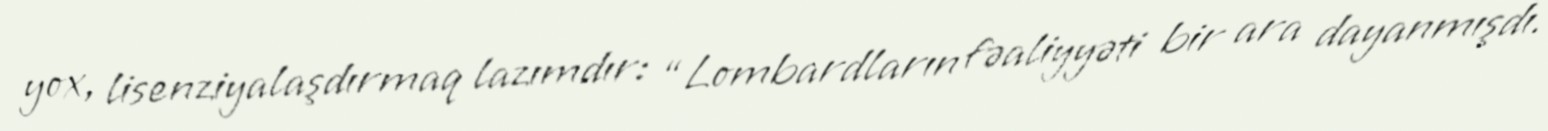
yox, lisenziyalaşdırmaq lazımdır: “Lombardların fəaliyyəti bir ara dayanmışdı.